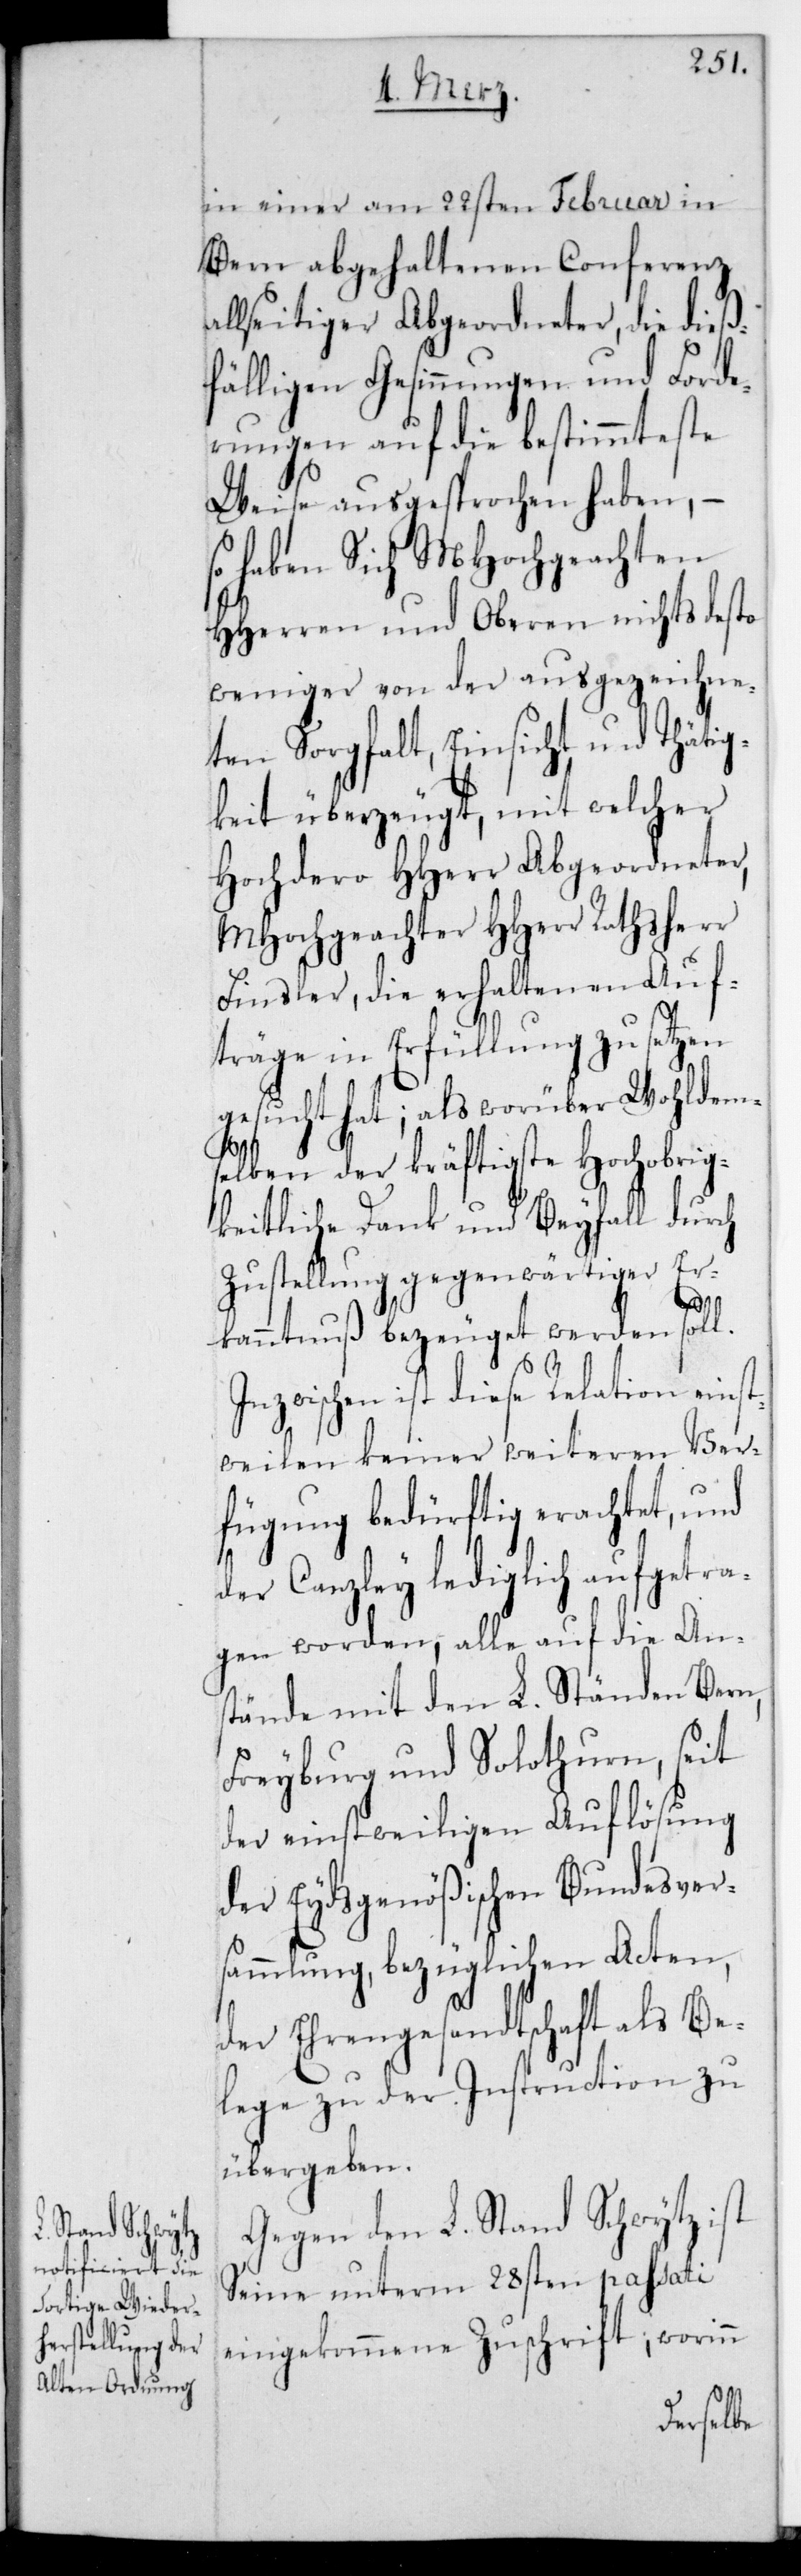
in einer am 22sten Februar in
Bern abgehaltenen Conferenz
allseitiger Abgeordneter, die dieß¬
fälligen Gesinnungen und Forde¬
rungen auf die bestimmteste
Weise ausgesprochen haben, –
so haben sich MHochgeachten
HHerren und Oberen nichts desto
weniger von der ausgezeichne¬
ten Sorgfalt, Einsicht und Tätig¬
keit überzeugt, mit welcher
Hochdero HHerr Abgeordneter,
MHochgeachter HHerr Rathsherr
Finsler, die erhaltenen Auf¬
träge in Erfüllung zu setzen
gesucht hat; als worüber Wohldem¬
selben der kräftigste Hochobrig¬
keitliche Dank und Beyfall durch
Zustellung gegenwärtiger Er¬
kanntnuß bezeuget werden soll.
Inzwischen ist diese Relation einst¬
weilen keiner weiteren Ver¬
fügung bedürftig erachtet, und
der Canzley lediglich aufgetra¬
gen worden, alle auf die Ans¬
tände mit den L. Ständen Bern,
Freyburg und Solothurn, seit
der einstweiligen Auflösung
der Eydsgenößischen Bundesvers¬
ammlung bezüglichen Acten,
der Ehrengesandtschaft als Be¬
lege zu der Instruction zu
übergeben.
Gegen den L. Stand Schwytz ist
seine unterm 28sten passati
eingekommene Zuschrift, worinn